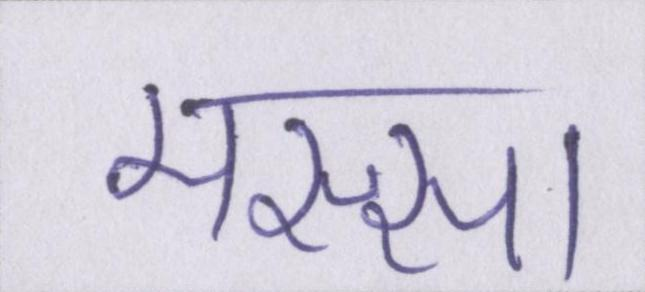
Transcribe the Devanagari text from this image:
मस्सा